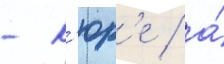
- к'юр'е / а́